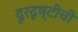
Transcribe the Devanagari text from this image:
दूरदृष्टीची